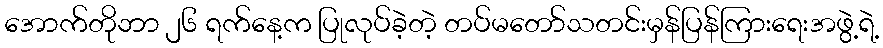
အောက်တိုဘာ ၂၆ ရက်နေ့က ပြုလုပ်ခဲ့တဲ့ တပ်မတော်သတင်းမှန်ပြန်ကြားရေးအဖွဲ့ရဲ့